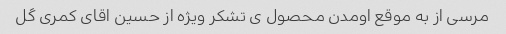
مرسی از به موقع اومدن محصول ی تشکر ویژه از حسین اقای کمری گل